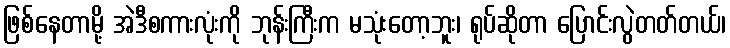
ဖြစ်နေတာမို့ အဲဒီစကားလုံးကို ဘုန်းကြီးက မသုံးတော့ဘူး၊ ရုပ်ဆိုတာ ပြောင်းလွဲတတ်တယ်၊